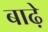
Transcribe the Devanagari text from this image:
बाढ़े